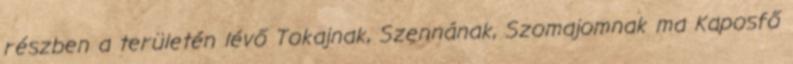
részben a területén lévő Tokajnak, Szennának, Szomajomnak ma Kaposfő